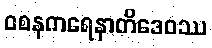
ဝစနကရေနာတိဒေဝဿ